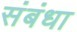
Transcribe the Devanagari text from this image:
संबंधा